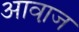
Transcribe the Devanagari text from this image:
आवा़ज